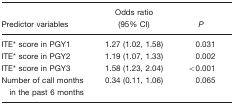
<table><thead><tr><td><b>Predictor variables</b></td><td><b>Odds ratio (95% CI)</b></td><td><b><i>P</i></b></td></tr></thead><tbody><tr><td>ITE* score in PGY1</td><td>1.27 (1.02, 1.58)</td><td>0.031</td></tr><tr><td>ITE* score in PGY2</td><td>1.19 (1.07, 1.33)</td><td>0.002</td></tr><tr><td>ITE* score in PGY3</td><td>1.58 (1.23, 2.04)</td><td>&lt;0.001</td></tr><tr><td>Number of call months in the past 6 months</td><td>0.34 (0.11, 1.06)</td><td>0.065</td></tr></tbody></table>